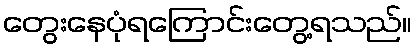
တွေးနေပုံရကြောင်းတွေ့ရသည်။